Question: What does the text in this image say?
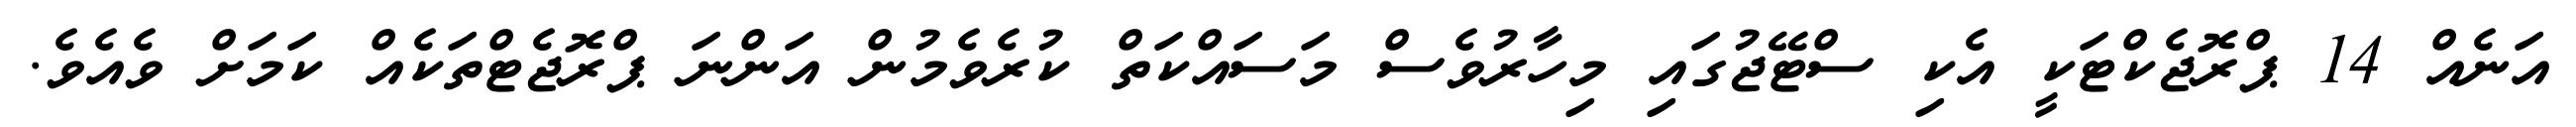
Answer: އަނެއް 14 ޕްރޮޖެކްޓަކީ އެކި ސްޓޭޖުގައި މިހާރުވެސް މަސައްކަތް ކުރެވެމުން އަންނަ ޕްރޮޖެޓްތަކެއް ކަމަށް ވެއެވެ.